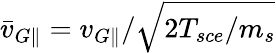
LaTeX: \bar{v}_{G\parallel}=v_{G\parallel}/\sqrt{2T_{sce}/m_{s}}